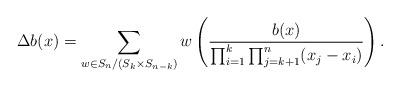
LaTeX: \begin{align*}\Delta b(x) = \sum_{w \in S_n / (S_k \times S_{n-k})} w \left( \frac{b(x)}{\prod_{i=1}^k \prod_{j=k+1}^n (x_j -x_i)}\right).\end{align*}